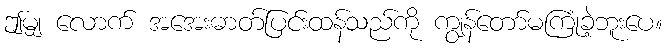
ဤမျှ လောက် အအေးဓာတ်ပြင်းထန်သည်ကို ကျွန်တော်မကြုံခဲ့ဘူးပေ။